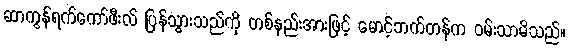
ဆာကွန်ရက်ကော်ဖီးလ် ပြန်သွားသည်ကို တစ်နည်းအားဖြင့် မောင့်ဘက်တန်က ဝမ်းသာမိသည်။